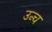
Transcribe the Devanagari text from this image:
उन्च